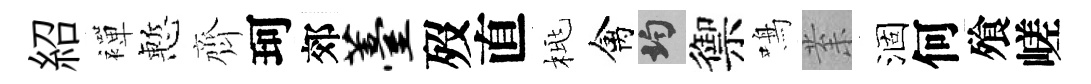
紹襌慙齊珂郊薹歿直桃禽均禦鳴𭪙涸何飱嵯